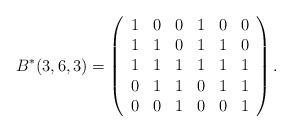
\begin{align*}B^*(3,6,3)=\left(\begin{array}{cccccc}1&0&0&1&0&0\\1&1&0&1&1&0\\1&1&1&1&1&1\\0&1&1&0&1&1\\0&0&1&0&0&1\end{array}\right).\end{align*}